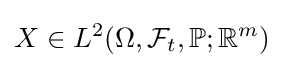
X\in L^{2}(\Omega ,{\mathcal {F}}_{t},\mathbb {P} ;\mathbb {R} ^{m})